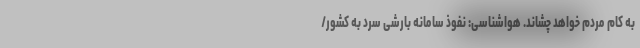
به کام مردم خواهد چشاند. هواشناسی: نفوذ سامانه بارشی سرد به کشور/